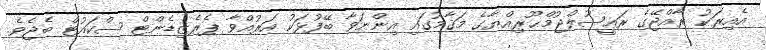
އެއިރަކު ރާއްޖޭގެ ރަޢީޞުލްޖުމްޙޫރިއްޔާގެ މަޤާމުގައި އިންނަވާ ބޭފުޅަކު އަރުއްވާ ޕެރެޒިޑެންޓް ސްކައުޓް ބެޖެވެ.